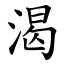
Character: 渴